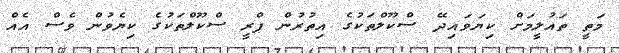
މަތީ ތައުލީމަށް ކިޔަވައިދޭ ސްކޫލްތަކުގެ އިތުރުން ޕްރީ ސްކޫލްތަކުގެ ކިޔެވުން ވެސް އެއް